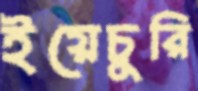
ইয়েচুরি